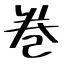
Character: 巻